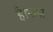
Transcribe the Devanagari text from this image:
है।भाषा